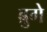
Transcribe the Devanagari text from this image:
ब्रुगे